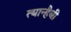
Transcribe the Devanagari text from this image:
त्यान्हैबी